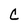
Character: C